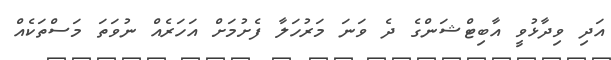
އަދި ވިދާޅުވީ އާބިޓްޝަންގެ ދެ ވަނަ މަރުހަލާ ފެށުމަށް އަހަރެއް ނުވަތަ މަސްތަކެއް